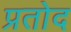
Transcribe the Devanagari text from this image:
प्रतोद